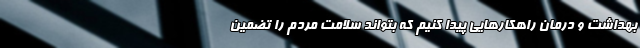
بهداشت و درمان راهکارهایی پیدا کنیم که بتواند سلامت مردم را تضمین